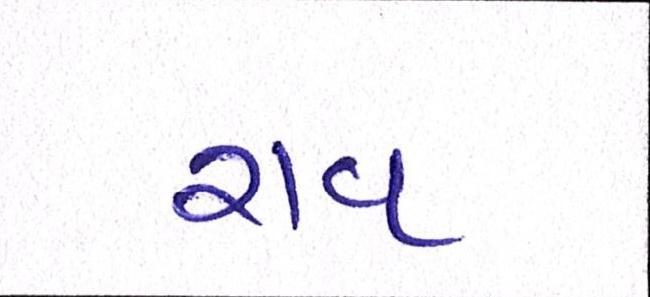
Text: રાવ